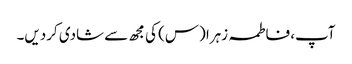
آپ، فاطمہ زہرا (س) کی مجھ سے شادی کردیں۔